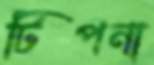
টিপনা